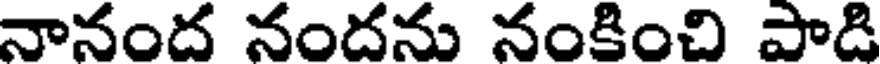
నానంద నందను నంకించి పాడి